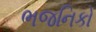
ભજનિકો